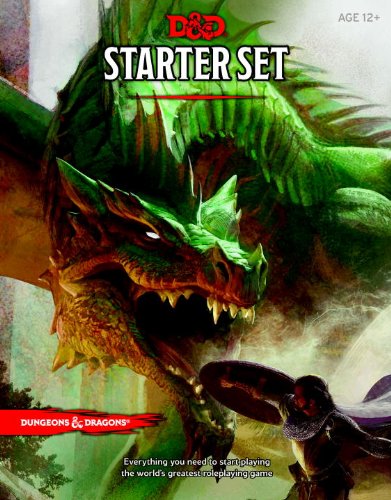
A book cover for Dungeons & Dragons Starter Set: Fantasy Roleplaying Game Starter Set (D&D Boxed Game); Wizards RPG Team; Science Fiction & Fantasy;